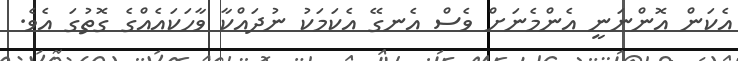
އެކަން އޮންނަނީ އެންމެނަށް ވެސް އެނގޭ އެކަމަކު ނުދައްކާ ވާހަކައެއްގެ ގޮތުގަ އެވެ.